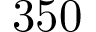
3 5 0